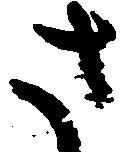
さ